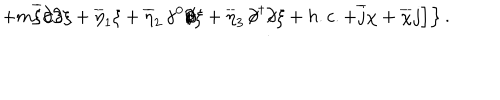
\left. \left. + m \overline { { { \xi } } } \partial \! \! \! / \partial \! \! \! / \xi + \overline { { { \eta } } } _ { 1 } \xi + \overline { { { \eta } } } _ { 2 } \, \gamma ^ { 0 } \partial \! \! \! / \xi + \overline { { { \eta } } } _ { 3 } \, \partial \! \! \! / ^ { \dagger } \partial \! \! \! / \xi + h . c . + \overline { { { j } } } \chi + \overline { { { \chi } } } j \right] \right\} .